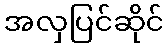
အလှပြင်ဆိုင်